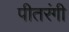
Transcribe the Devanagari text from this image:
पीतरंगी